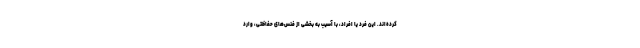
کرده‌اند. این فرد یا افراد، با آسیب به بخشی از فنس‌های حفاظتی، وارد